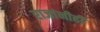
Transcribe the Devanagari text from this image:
राजांनीही